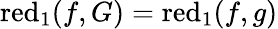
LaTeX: \operatorname{red}_{1}(f,G)=\operatorname{red}_{1}(f,g)